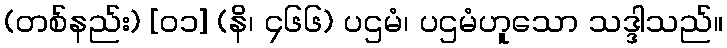
(တစ်နည်း) [၀၁] (နိ၊ ၄၆၆) ပဌမံ၊ ပဌမံဟူသော သဒ္ဒါသည်။